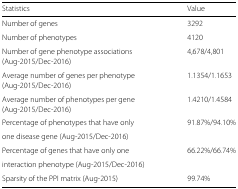
| Statistics | Value |
 | --- | --- |
 | Number of genes | 3292 |
 | Number of phenotypes | 4120 |
 | Number of gene phenotype associations | 4,678/4,801 |
 | (Aug-2015/Dec-2016) |  |
 | Average number of genes per phenotype | 1.1354/1.1653 |
 | (Aug-2015/Dec-2016) |  |
 | Average number of phenotypes per gene | 1.4210/1.4584 |
 | (Aug-2015/Dec-2016) |  |
 | Percentage of phenotypes that have only | 91.87%/94.10% |
 | one disease gene (Aug-2015/Dec-2016) |  |
 | Percentage of genes that have only one | 66.22%/66.74% |
 | interaction phenotype (Aug-2015/Dec-2016) |  |
 | Sparsity of the PPI matrix (Aug-2015) | 99.74% |